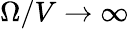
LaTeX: \Omega/V\rightarrow\infty